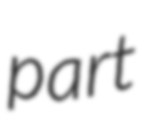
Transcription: part